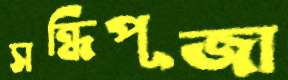
সন্ধিপূজা